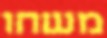
משחו